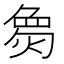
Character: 𪹌